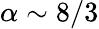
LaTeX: \alpha\sim 8/3